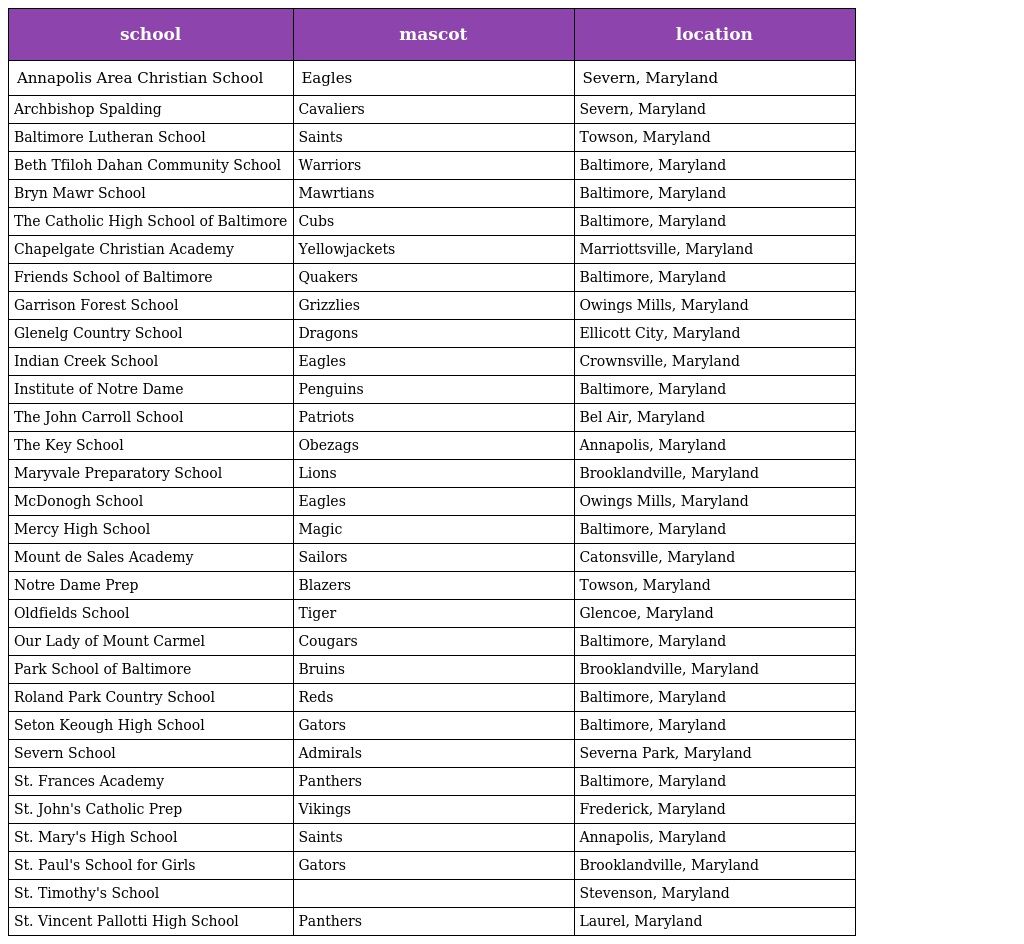
| school | mascot | location |
 | --- | --- | --- |
 | Annapolis Area Christian School | Eagles | Severn, Maryland |
 | Archbishop Spalding | Cavaliers | Severn, Maryland |
 | Baltimore Lutheran School | Saints | Towson, Maryland |
 | Beth Tfiloh Dahan Community School | Warriors | Baltimore, Maryland |
 | Bryn Mawr School | Mawrtians | Baltimore, Maryland |
 | The Catholic High School of Baltimore | Cubs | Baltimore, Maryland |
 | Chapelgate Christian Academy | Yellowjackets | Marriottsville, Maryland |
 | Friends School of Baltimore | Quakers | Baltimore, Maryland |
 | Garrison Forest School | Grizzlies | Owings Mills, Maryland |
 | Glenelg Country School | Dragons | Ellicott City, Maryland |
 | Indian Creek School | Eagles | Crownsville, Maryland |
 | Institute of Notre Dame | Penguins | Baltimore, Maryland |
 | The John Carroll School | Patriots | Bel Air, Maryland |
 | The Key School | Obezags | Annapolis, Maryland |
 | Maryvale Preparatory School | Lions | Brooklandville, Maryland |
 | McDonogh School | Eagles | Owings Mills, Maryland |
 | Mercy High School | Magic | Baltimore, Maryland |
 | Mount de Sales Academy | Sailors | Catonsville, Maryland |
 | Notre Dame Prep | Blazers | Towson, Maryland |
 | Oldfields School | Tiger | Glencoe, Maryland |
 | Our Lady of Mount Carmel | Cougars | Baltimore, Maryland |
 | Park School of Baltimore | Bruins | Brooklandville, Maryland |
 | Roland Park Country School | Reds | Baltimore, Maryland |
 | Seton Keough High School | Gators | Baltimore, Maryland |
 | Severn School | Admirals | Severna Park, Maryland |
 | St. Frances Academy | Panthers | Baltimore, Maryland |
 | St. John's Catholic Prep | Vikings | Frederick, Maryland |
 | St. Mary's High School | Saints | Annapolis, Maryland |
 | St. Paul's School for Girls | Gators | Brooklandville, Maryland |
 | St. Timothy's School |  | Stevenson, Maryland |
 | St. Vincent Pallotti High School | Panthers | Laurel, Maryland |